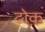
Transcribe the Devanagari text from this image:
ढ़ोक़